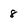
Character: 8